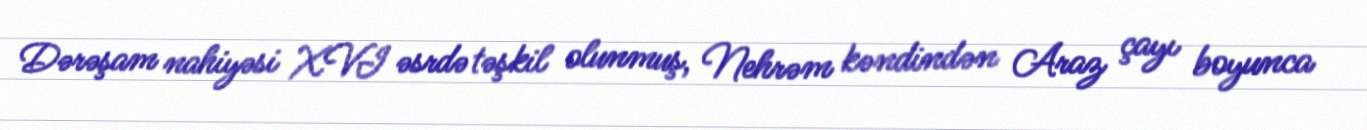
Dərəşam nahiyəsi XVI əsrdə təşkil olunmuş, Nehrəm kəndindən Araz çayı boyunca